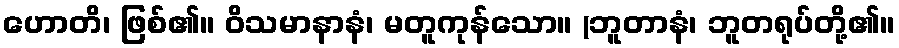
ဟောတိ၊ ဖြစ်၏။ ဝိသမာနာနံ၊ မတူကုန်သော။ (ဘူတာနံ၊ ဘူတရုပ်တို့၏။